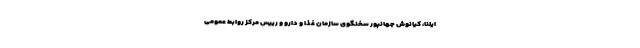
ایلنا، کیانوش جهانپور سخنگوی سازمان غذا و دارو و رییس مرکز روابط عمومی